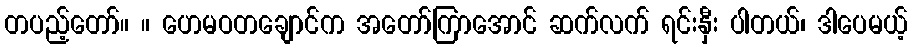
တပည့်တော်။ ။ ဟေမဝတချောင်က အတော်ကြာအောင် ဆက်လက် ရင်းနှီး ပါတယ်၊ ဒါပေမယ့်